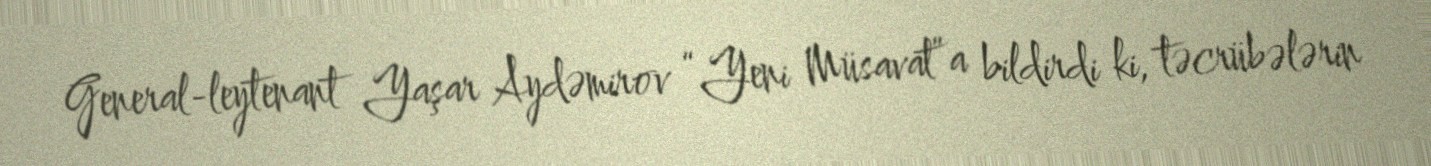
General-leytenant Yaşar Aydəmirov “Yeni Müsavat”a bildirdi ki, təcrübələrin